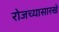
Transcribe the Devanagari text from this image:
रोजच्यासारखे